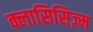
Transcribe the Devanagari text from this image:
क्लासिसिज़्म